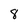
Character: 8